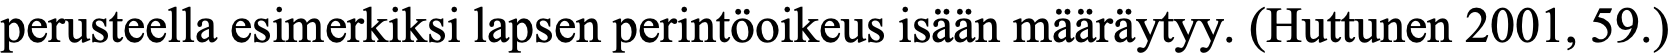
perusteella esimerkiksi lapsen perintöoikeus isään määräytyy. (Huttunen 2001, 59.)